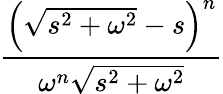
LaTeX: \frac{\left({\sqrt{s^{2}+\omega^{2}}}-s\right)^{n}}{\omega^{n}{\sqrt{s^{2}+\omega^{2}}}}